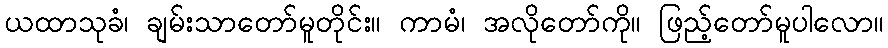
ယထာသုခံ၊ ချမ်းသာတော်မူတိုင်း။ ကာမံ၊ အလိုတော်ကို။ ဖြည့်တော်မူပါလော။